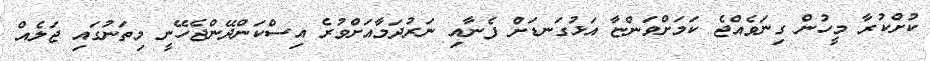
ކުށްކުރާ މީހުން ގިނަވެއްޖެ ކަމަށްވަންޏާ އަޅުގަނޑަށް ފެނާއި ނަރުދަމާއަށްވުރެ އިސްކަންދޭންޖެހޭނީ މިތަނުގައި ޖަލެއް